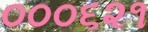
૦૦૦૬૨૧